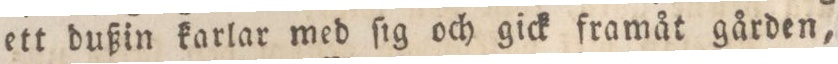
ett dußin karlar med ſig och gick framåt gården,